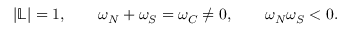
| \mathbb { L } | = 1 , \qquad \omega _ { N } + \omega _ { S } = \omega _ { C } \neq 0 , \qquad \omega _ { N } \omega _ { S } < 0 .